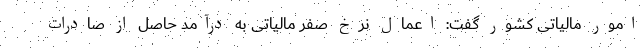
امور مالیاتی کشور گفت: اعمال نرخ صفر مالیاتی به درآمد حاصل از صادرات